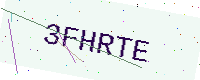
Text: 3FHRTE